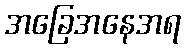
အခြေအနေအရ